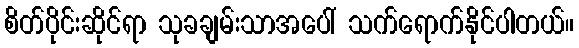
စိတ်ပိုင်းဆိုင်ရာ သုခချမ်းသာအပေါ် သက်ရောက်နိုင်ပါတယ်။